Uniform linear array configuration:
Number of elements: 24
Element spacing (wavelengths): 0.25
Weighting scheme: uniform
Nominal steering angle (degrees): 45
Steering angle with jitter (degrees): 44.842
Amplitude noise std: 0.05
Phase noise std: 0.05

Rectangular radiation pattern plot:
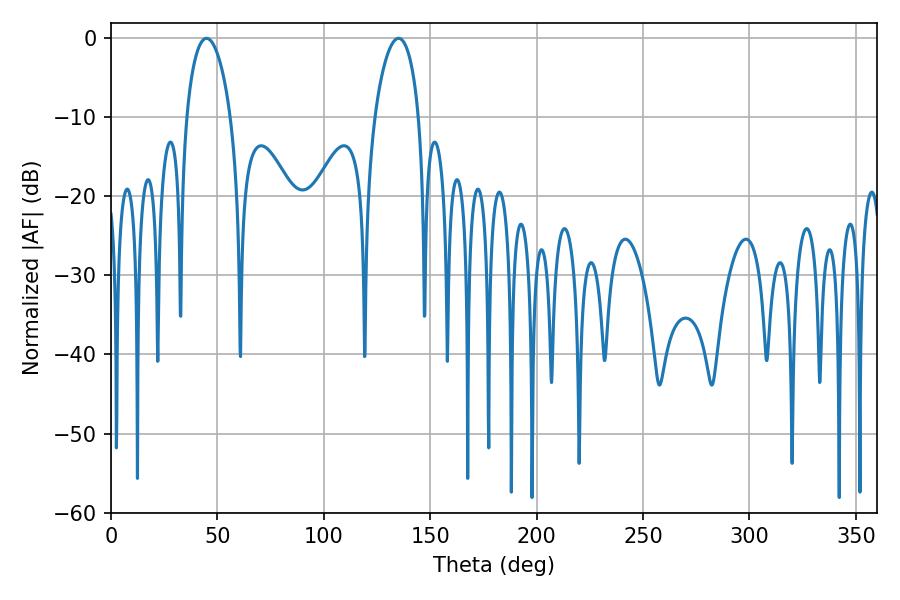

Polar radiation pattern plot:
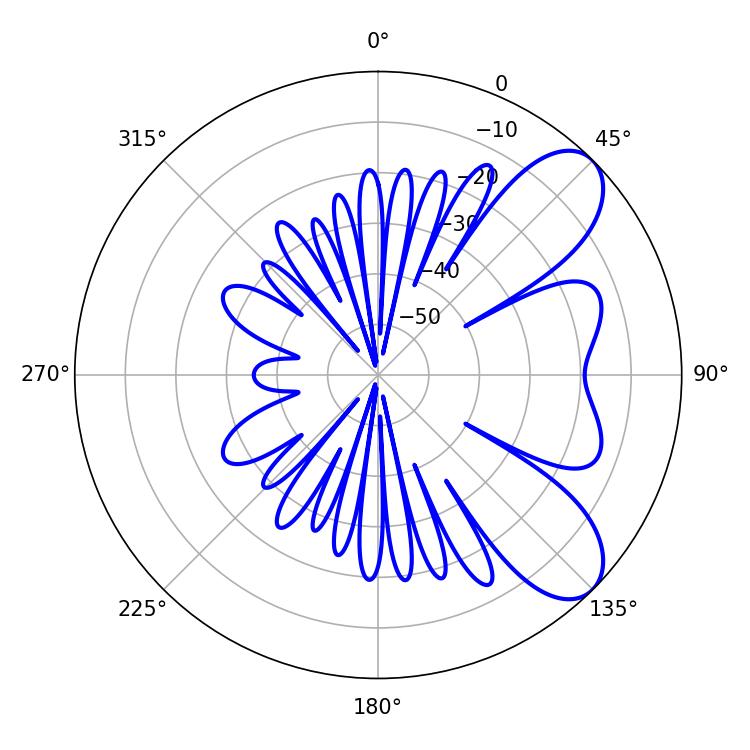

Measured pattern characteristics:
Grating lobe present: FALSE
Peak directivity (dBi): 7.79
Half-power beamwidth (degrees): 11.88
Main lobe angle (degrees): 44.82